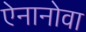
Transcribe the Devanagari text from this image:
ऐनानोवा